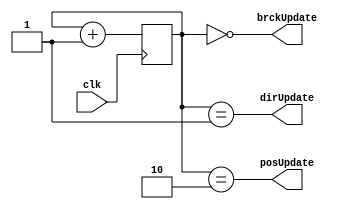
`timescale 1ns / 1ps
//////////////////////////////////////////////////////////////////////////////////
// Company: 
// Engineer: 
// 
// Design Name: 
// Module Name:    ballClkDiv 
// Project Name: 
// Target Devices: 
// Tool versions: 
// Description: 
//
// Dependencies: 
//
// Revision: 
// Revision 0.01 - File Created
// Additional Comments: 
//
//////////////////////////////////////////////////////////////////////////////////
module ballClkDiv(
			input clk,
			output posUpdate,
			output dirUpdate,
			output brckUpdate
    );
	reg[19:0] counter=0;
	always @(posedge clk) begin
		counter <= counter + 1;
	end
	assign brckUpdate = (counter == 0);
	assign dirUpdate = (counter == 1);
	assign posUpdate = (counter == 2);
	
endmodule